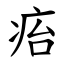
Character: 㾂